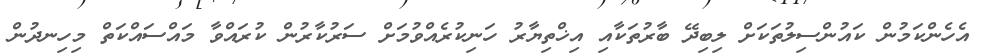
އެހެންކަމުން ކައުންސިލުތަކަށް ލިބިދޭ ބާރުތަކާއި އިޚްތިޔާރު ހަނިކުރެއްވުމަށް ސަރުކާރުން ކުރައްވާ މައްސައްކަތް މިހިނދުން